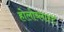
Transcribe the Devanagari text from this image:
होलोब्लास्ट